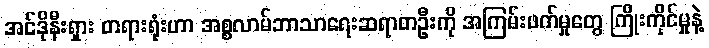
အင်ဒိုနီးရှား တရားရုံးဟာ အစ္စလာမ်ဘာသာရေးဆရာတဦးကို အကြမ်းဖက်မှုတွေ ကြိုးကိုင်မှုနဲ့